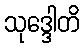
သုဒ္ဒေါတိ